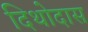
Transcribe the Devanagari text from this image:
दिथोदास